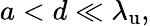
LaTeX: a<d\ll{\lambda_{\mathrm{u}}},